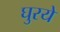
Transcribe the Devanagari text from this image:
घुरये